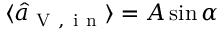
\langle \hat { a } _ { \mathrm { ~ V ~ , ~ i ~ n ~ } } \rangle = A \sin { \alpha }